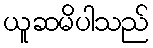
ယူဆမိပါသည်